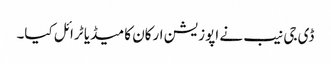
ڈی جی نیب نے اپوزیشن ارکان کا میڈیا ٹرائل کیا۔